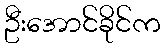
ဦးအောင်ခိုင်က